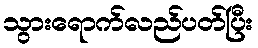
သွားရောက်လည်ပတ်ပြီး